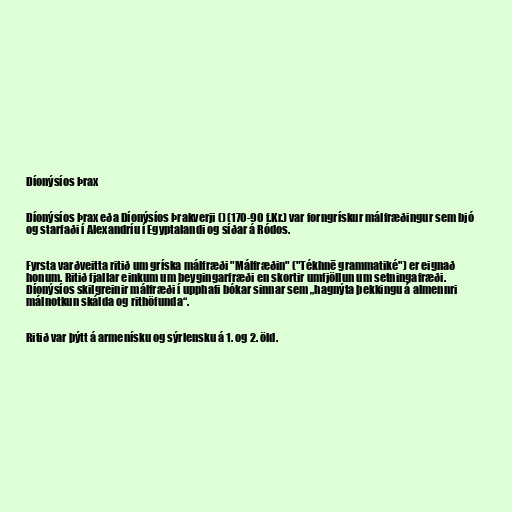
Díonýsíos Þrax

Díonýsíos Þrax eða Díonýsíos Þrakverji () (170-90 f.Kr.) var forngrískur málfræðingur sem bjó
og starfaði í Alexandríu í Egyptalandi og síðar á Ródos.

Fyrsta varðveitta ritið um gríska málfræði "Málfræðin" ("Tékhnē grammatiké") er eignað
honum. Ritið fjallar einkum um beygingarfræði en skortir umfjöllun um setningafræði.
Díonýsíos skilgreinir málfræði í upphafi bókar sinnar sem „hagnýta þekkingu á almennri
málnotkun skálda og rithöfunda“.

Ritið var þýtt á armenísku og sýrlensku á 1. og 2. öld.